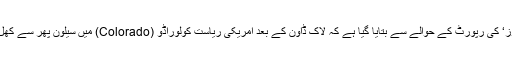
’ فاکس نیوز‘ کی رپورٹ کے حوالے سے بتایا گیا ہے کہ لاک ڈاون کے بعد امریکی ریاست کولوراڈو (Colorado) میں سیلون پھر سے کھل گئے ہیں۔